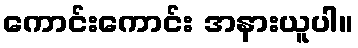
ကောင်းကောင်း အနားယူပါ။